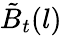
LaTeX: \tilde{B}_{t}(l)